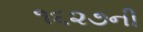
૧૬૨૭ની